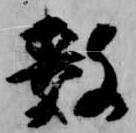
数